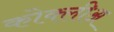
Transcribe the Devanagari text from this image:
कोक्लीअ